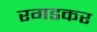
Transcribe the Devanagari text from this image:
रगडकर